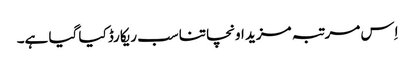
اِس مرتبہ مزید اونچا تناسب ریکارڈ کیا گیا ہے۔